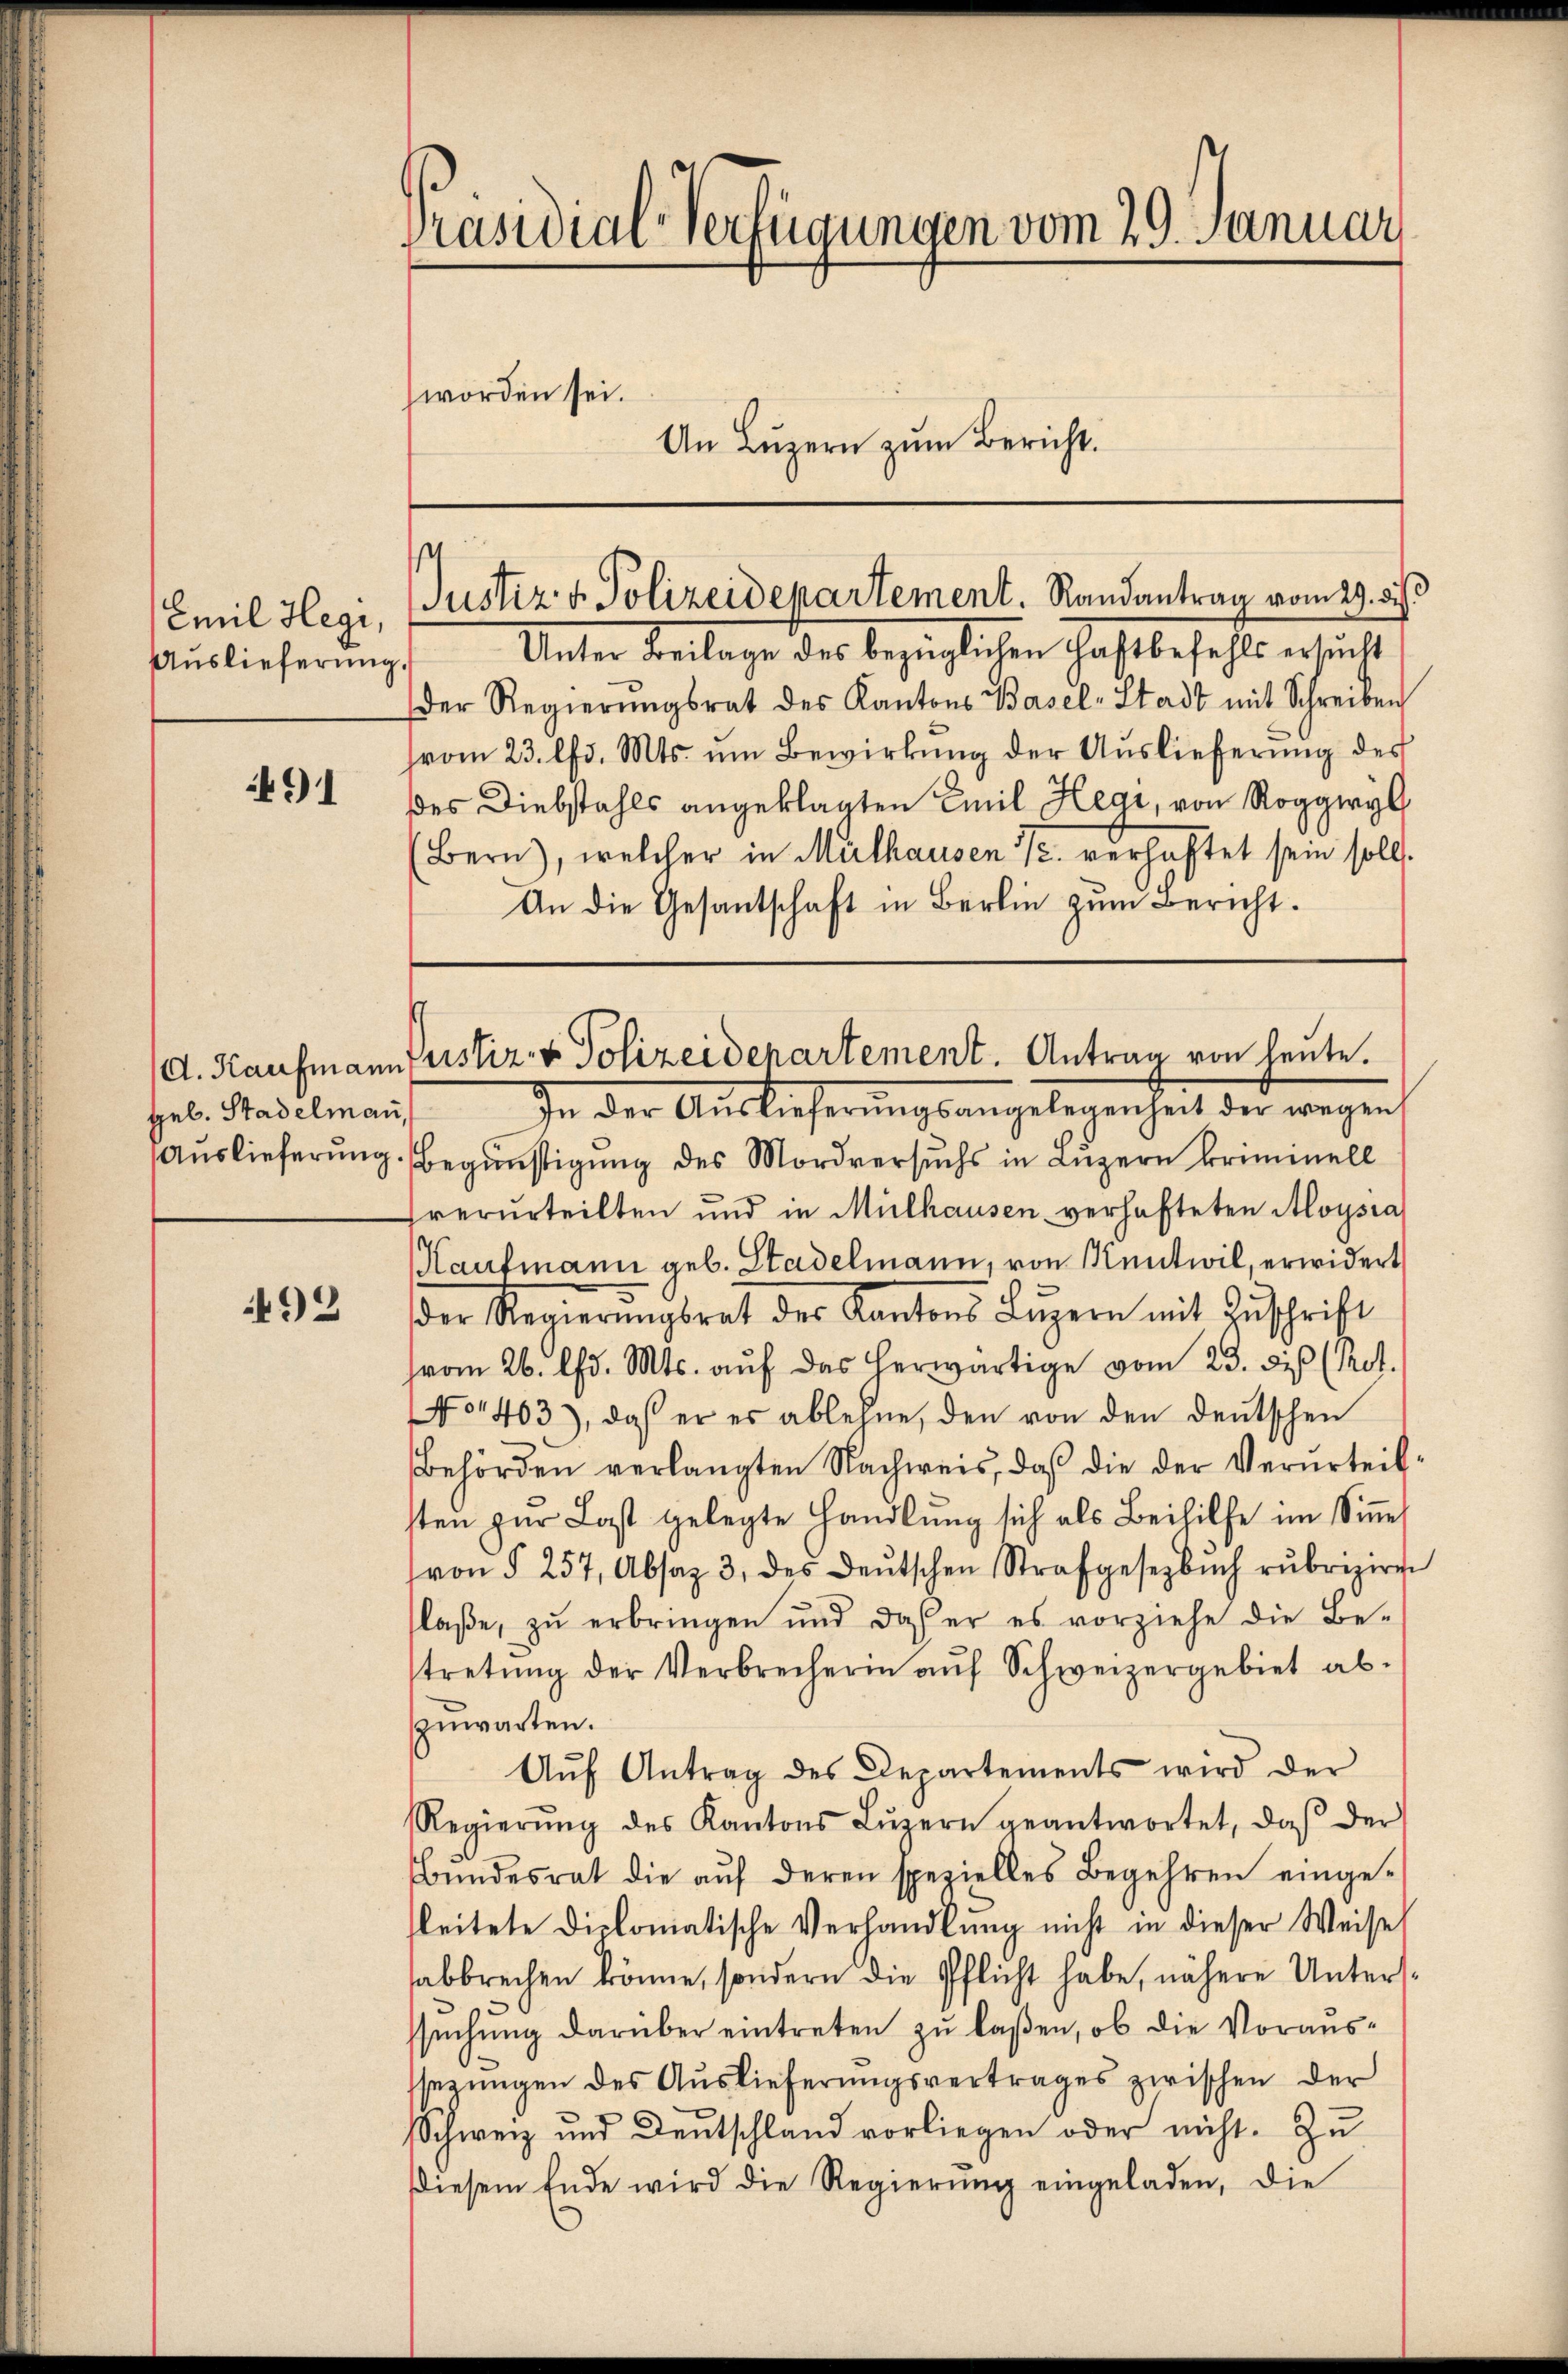
Emil Hegi,
Auslieferung.

491

Gel. Stadelmann,

492

Präsidial-Verfügungen vom 29. Januar
worden sei.
An Lŭzern zŭm Bericht.

Unter Beilage der bezüglichen Haftbefehls ersucht
Der Regierŭngsrat des Kantons Basel-Stadt mit Schreiben
(vom 23. lfd. Mts. um Bewirkung der Auslieferung des
des Diebstahls angeklagten Emil Hegi, von Roggwyl
(Bern), welcher in Mülhausen u. verhaftet sein soll.
An die Gesantschaft in Berlin zum Bericht.

Justiz & Polizeidepartement. Randantrag vom 29. ds.

d. Kaufmann Justiz- & Polizeidenartement. Antrag von heute.
In der Auslieferungsangelegenheit der wegen

Auslieferung. Begünstigung des Mordversuchs in Luzern kriminell
verurteilten und in Mülhausen verhafteten Aloysia
Haufmann geb. Stadelmann, von Kentwil, erwidert
der Regierŭngsrat der Kantons Luzern mit Zŭschrift
vom 26. d. Mts. auf das herwärtige vom 23. di (Rot.
No 1403), daß er es ablehne, den von den deutschen
Behörden verlangten Nachweis, daß die der Verurteil
ten zur Last gelegte Handlŭng sich als Beihilfe im Sinne
von § 257, Absaz 3. des deŭtschen Strafgesetzbuch rubriziren
laβe, zu erbringen und daß er es vorziehe die Be-
tretŭng der Verbrecherin aŭf Schweizergebiet ab-
zuwarten.
Aŭf Antrag des Departements wird der
Regierŭng des Kantons Lŭzern geantwortet, daβ der
Bŭndesrat die aŭf deren spezielles Begehren einge-
leitete diplomatische Verhandlung nicht in dieser Weise
abbrechen könne, sondern die Pflicht habe, nähere Untersd
suchung darüber eintreten zu laßen, ob die Voraussezungen des Auslieferungsvertrages zwischen der
Schweiz und Deutschland vorliegen oder nicht. Zu
diesem Ende wird die Regierŭng eingeladen, die